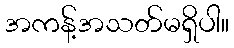
အကန့်အသတ်မရှိပါ။